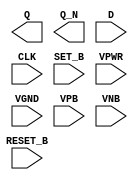
module sky130_fd_sc_ms__dfbbp (
    Q      ,
    Q_N    ,
    D      ,
    CLK    ,
    SET_B  ,
    RESET_B,
    VPWR   ,
    VGND   ,
    VPB    ,
    VNB
);

    output Q      ;
    output Q_N    ;
    input  D      ;
    input  CLK    ;
    input  SET_B  ;
    input  RESET_B;
    input  VPWR   ;
    input  VGND   ;
    input  VPB    ;
    input  VNB    ;
endmodule